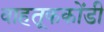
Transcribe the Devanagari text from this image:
वाहतूककोंडी